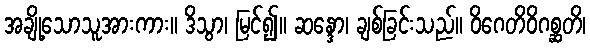
အချို့သောသူအားကား။ ဒိသွာ၊ မြင်၍။ ဆန္ဒော၊ ချစ်ခြင်းသည်။ ဝိဂေတိဝိဂစ္ဆတိ၊